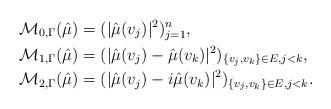
LaTeX: \begin{align*}&\mathcal{M}_{0,\Gamma}(\hat\mu) =(|\hat{\mu}(v_{j})|^{2})_{j=1}^{n},\\&\mathcal{M}_{1,\Gamma}(\hat\mu)=(|\hat{\mu}(v_{j})-\hat{\mu}(v_{k})|^{2})_{\{v_j,v_k\} \in E,j<k},\\ \quad&\mathcal{M}_{2,\Gamma}(\hat\mu) =(|\hat{\mu}(v_{j})-i\hat{\mu}(v_{k})|^{2})_{\{v_j,v_k\}\in E,j<k}.\end{align*}